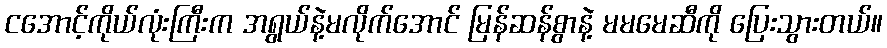
ငအောင့်ကိုယ်လုံးကြီးက အရွယ်နဲ့မလိုက်အောင် မြန်ဆန်စွာနဲ့ မမမေဆီကို ပြေးသွားတယ်။